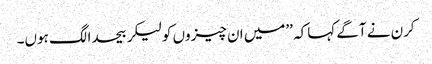
کرن نے آگے کہاکہ ’’میں ان چیزوں کولیکر بیحدالگ ہوں۔